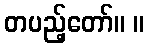
တပည့်တော်။ ။